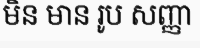
មិន មាន រូប សញ្ញា